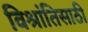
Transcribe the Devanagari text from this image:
विश्रांतिसाठी